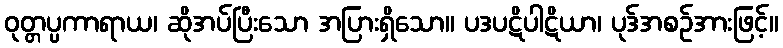
ဝုတ္တပ္ပကာရာယ၊ ဆိုအပ်ပြီးသော အပြားရှိသော။ ပဒပဋိပါဋိယာ၊ ပုဒ်အစဉ်အားဖြင့်။